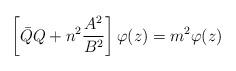
LaTeX: \begin{align*} \left[ {\bar Q} Q +n^2\frac{ A^2}{ B^2}\right] \varphi(z) = m^2 \varphi(z)\end{align*}